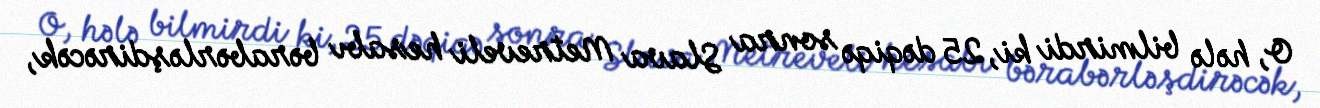
O, hələ bilmirdi ki, 25 dəqiqə sonra Slava Metreveli hesabı bərabərləşdirəcək,